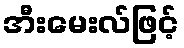
အီးမေးလ်ဖြင့်